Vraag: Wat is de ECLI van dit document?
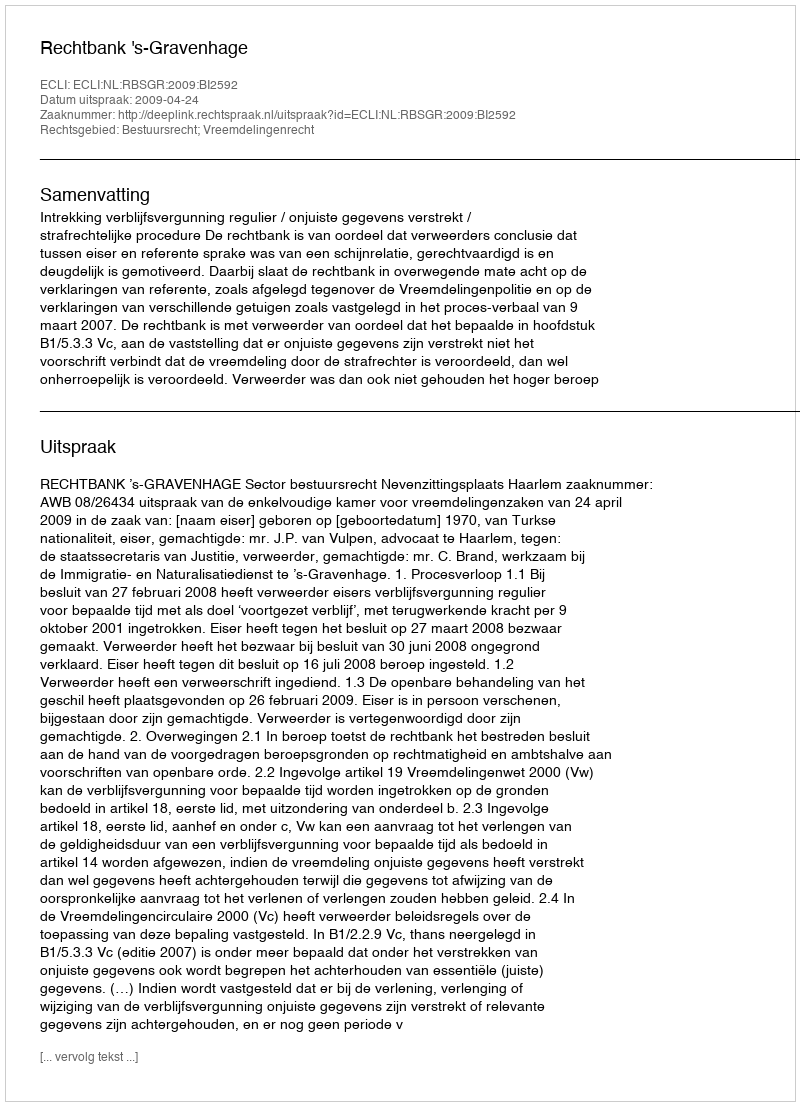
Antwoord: ECLI:NL:RBSGR:2009:BI2592